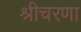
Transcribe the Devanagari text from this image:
श्रीचरणा